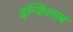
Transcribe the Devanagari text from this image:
इन्किलाब